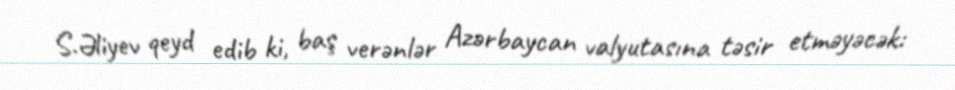
S.Əliyev qeyd edib ki, baş verənlər Azərbaycan valyutasına təsir etməyəcək: